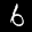
Label: 6